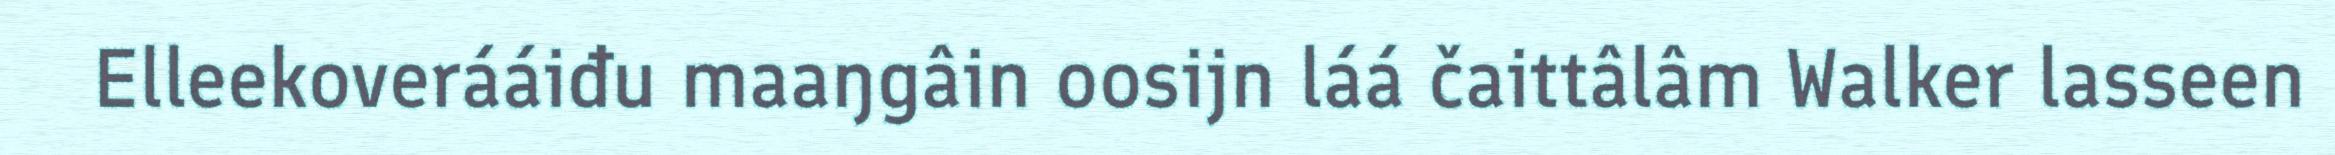
Elleekoverááiđu maaŋgâin oosijn láá čaittâlâm Walker lasseen